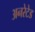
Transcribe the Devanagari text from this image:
अनरेटेड